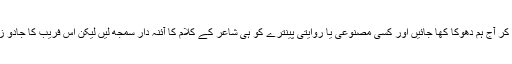
ممکن ہے کہ غلط قدروں کو اپنا کر آج ہم دھوکا کھا جائیں اور کسی مصنوعی یا روایتی پینترے کو ہی شاعر کے کلام کا آئنہ دار سمجھ لیں لیکن اس فریب کا جادو زیادہ دنوں تک چلنے والا نہیں ‘‘۔